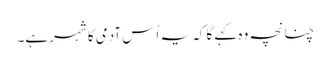
چنانچہ وہ کہے گا کہ یہ اُس آدمی کا شہر ہے۔